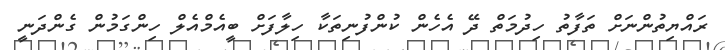
ރައްޔިތުންނަށް ތަފާތު ހިދުމަތް ދޭ އެހެން ކުންފުނިތަކާ ހިލާފަށް ބީއެމްއެލް ހިންގަމުން ގެންދަނީ